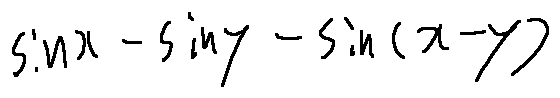
\sin x - \sin y - \sin ( x - y )